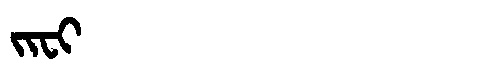
Manchu: ᠵᡳᠸᡳ
Romanization: JIFI